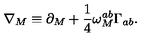
\nabla _ { M } \equiv \partial _ { M } + \frac { 1 } { 4 } \omega _ { M } ^ { a b } \Gamma _ { a b } .